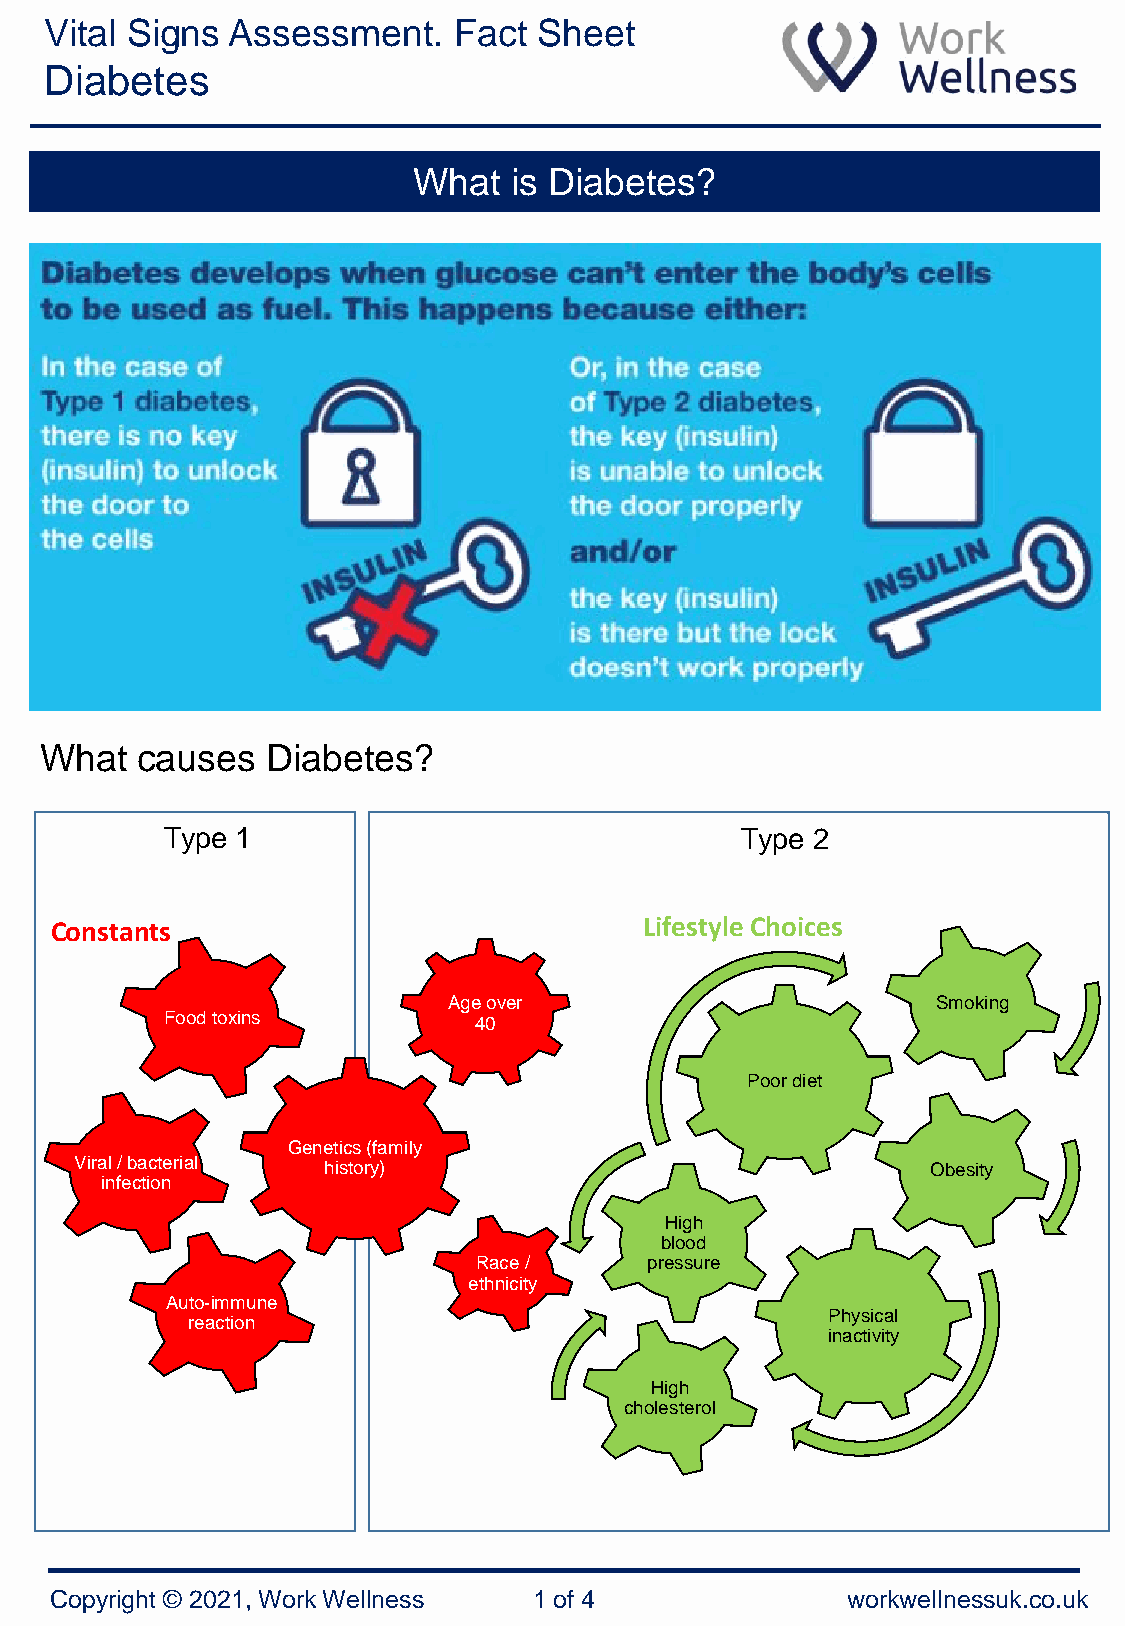
Vital Signs Assessment.    Fact  Sheet
 Diabetes
 What   is Diabetes?
 What  causes   Diabetes?
 Type 1                                Type 2
 Constants                               Lifestyle Choices
 Age over                        Smoking
 Food toxins         40
 Poor diet
 Genetics (family
 Viral / bacterial history)                               Obesity
 infection
 High
 blood
 Race /     pressure
 ethnicity
 Auto-immune
 Physical
 reaction
 inactivity
 High
 cholesterol
 Copyright © 2021, Work Wellness 1 of 4               workwellnessuk.co.uk